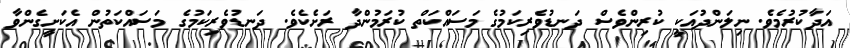
އަދާކުރުމެވެ. ނިލަންދުއަކީ ކުރިންވެސް ދަނޑުވެރިކަމުގެ މަސައްކަތް ކުރަމުންދާ ރަށެކެވެ. ދަނޑުވެރިކަމުގެ މަސައްކަތުން އެކަށީގެންވާ